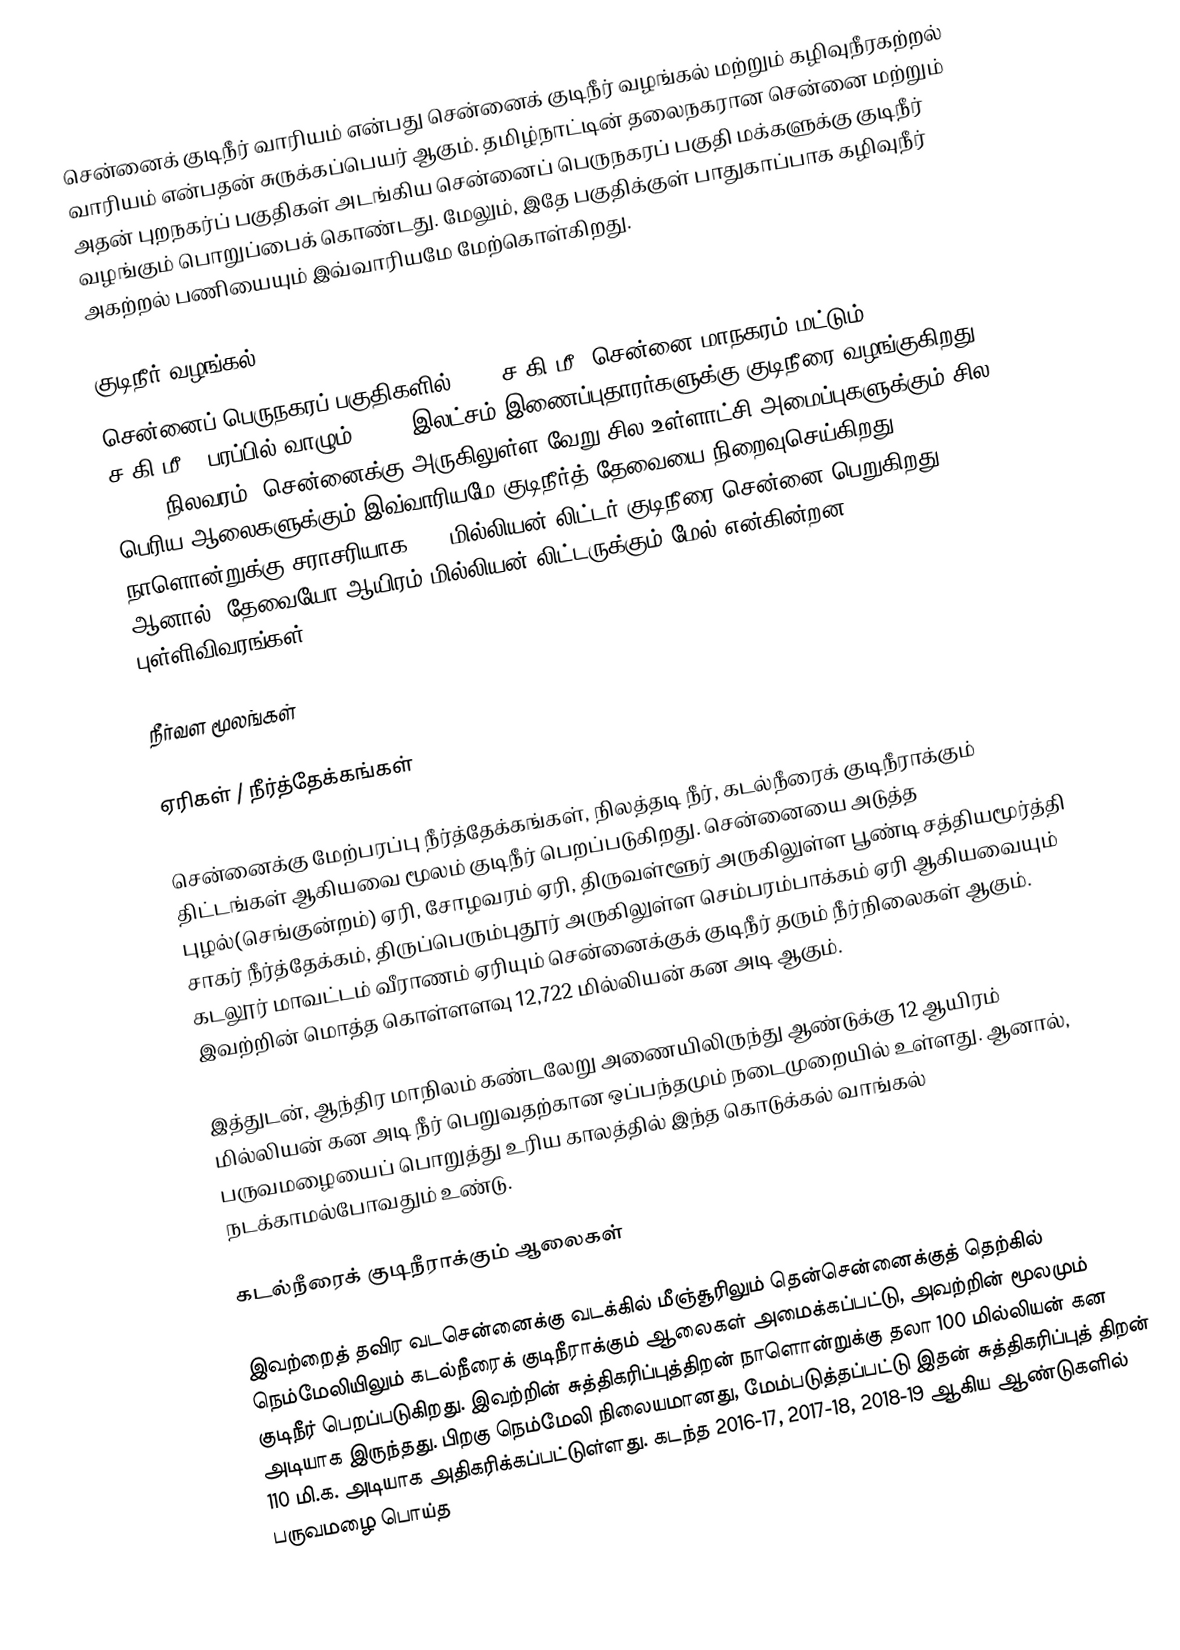
சென்னைக் குடிநீர் வாரியம் என்பது சென்னைக் குடிநீர் வழங்கல் மற்றும் கழிவுநீரகற்றல் வாரியம் என்பதன் சுருக்கப்பெயர் ஆகும். தமிழ்நாட்டின் தலைநகரான சென்னை மற்றும் அதன் புறநகர்ப் பகுதிகள் அடங்கிய சென்னைப் பெருநகரப் பகுதி மக்களுக்கு குடிநீர் வழங்கும் பொறுப்பைக் கொண்டது. மேலும், இதே பகுதிக்குள் பாதுகாப்பாக கழிவுநீர் அகற்றல் பணியையும் இவ்வாரியமே மேற்கொள்கிறது.

குடிநீர் வழங்கல்
சென்னைப் பெருநகரப் பகுதிகளில் 1189 ச.கி.மீ.(சென்னை மாநகரம் மட்டும் 426 ச.கி.மீ.) பரப்பில் வாழும் 74.38 இலட்சம் இணைப்புதாரர்களுக்கு குடிநீரை வழங்குகிறது. (2019 நிலவரம்) சென்னைக்கு அருகிலுள்ள வேறு சில உள்ளாட்சி அமைப்புகளுக்கும் சில பெரிய ஆலைகளுக்கும் இவ்வாரியமே குடிநீர்த் தேவையை நிறைவுசெய்கிறது. நாளொன்றுக்கு சராசரியாக 985 மில்லியன் லிட்டர் குடிநீரை சென்னை பெறுகிறது. ஆனால், தேவையோ ஆயிரம் மில்லியன் லிட்டருக்கும் மேல் என்கின்றன புள்ளிவிவரங்கள்.

நீர்வள மூலங்கள்

ஏரிகள் / நீர்த்தேக்கங்கள்

சென்னைக்கு மேற்பரப்பு நீர்த்தேக்கங்கள், நிலத்தடி நீர், கடல்நீரைக் குடிநீராக்கும் திட்டங்கள் ஆகியவை மூலம் குடிநீர் பெறப்படுகிறது. சென்னையை அடுத்த புழல்(செங்குன்றம்) ஏரி, சோழவரம் ஏரி, திருவள்ளூர் அருகிலுள்ள பூண்டி சத்தியமூர்த்தி சாகர் நீர்த்தேக்கம், திருப்பெரும்புதூர் அருகிலுள்ள செம்பரம்பாக்கம் ஏரி ஆகியவையும் கடலூர் மாவட்டம் வீராணம் ஏரியும் சென்னைக்குக் குடிநீர் தரும் நீர்நிலைகள் ஆகும். இவற்றின் மொத்த கொள்ளளவு 12,722 மில்லியன் கன அடி ஆகும்.

இத்துடன், ஆந்திர மாநிலம் கண்டலேறு அணையிலிருந்து ஆண்டுக்கு 12 ஆயிரம் மில்லியன் கன அடி நீர் பெறுவதற்கான ஒப்பந்தமும் நடைமுறையில் உள்ளது. ஆனால், பருவமழையைப் பொறுத்து உரிய காலத்தில் இந்த கொடுக்கல் வாங்கல் நடக்காமல்போவதும் உண்டு.

கடல்நீரைக் குடிநீராக்கும் ஆலைகள்

இவற்றைத் தவிர வடசென்னைக்கு வடக்கில் மீஞ்சூரிலும் தென்சென்னைக்குத் தெற்கில் நெம்மேலியிலும் கடல்நீரைக் குடிநீராக்கும் ஆலைகள் அமைக்கப்பட்டு, அவற்றின் மூலமும் குடிநீர் பெறப்படுகிறது. இவற்றின் சுத்திகரிப்புத்திறன் நாளொன்றுக்கு தலா 100 மில்லியன் கன அடியாக இருந்தது. பிறகு நெம்மேலி நிலையமானது, மேம்படுத்தப்பட்டு இதன் சுத்திகரிப்புத் திறன் 110 மி.க. அடியாக அதிகரிக்கப்பட்டுள்ளது. கடந்த 2016-17, 2017-18, 2018-19 ஆகிய ஆண்டுகளில் பருவமழை பொய்த